Annual report on the mental hospital in the Central Provinces and Berar (Nagpur) - 1927-1951
Year: 1927
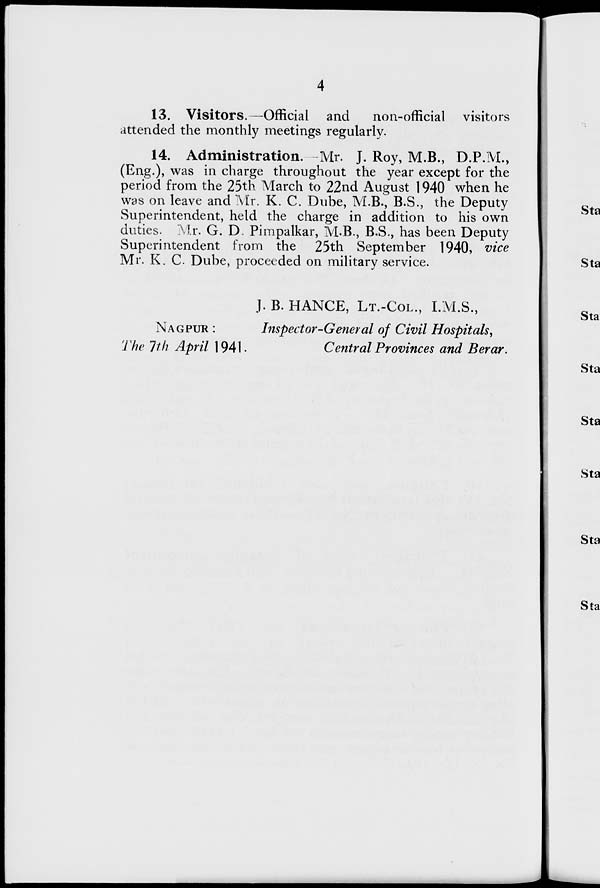
4
13. Visitors.—Official
and
non-official visitors
attended the monthly meetings regularly.
14. Administration.—Mr. J. Roy, M.B., D.P.M.,
(Eng.), was in charge throughout the year except for the
period from the 25th March to 22nd August 1940 when he
was on leave and Mr. K. C. Dube, M.B., B.S., the Deputy
Superintendent, held the charge in addition to his own
duties. Mr. G. D. Pimpalkar, M.B., B.S., has been Deputy
Superintendent from the 25th September 1940, vice
Mr. K. C. Dube, proceeded on military service.
J. B. HANCE, LT.-COL., I.M.S.,
NAGPUR :
Inspector-General of Civil Hospitals,
The 7th April 1941.
Central Provinces and Berar.